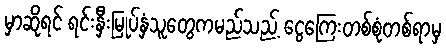
မှာဆိုရင် ရင်းနှီးမြုပ်နှံသူတွေကမည်သည့် ငွေကြေးတစ်စုံတစ်ရာမှ